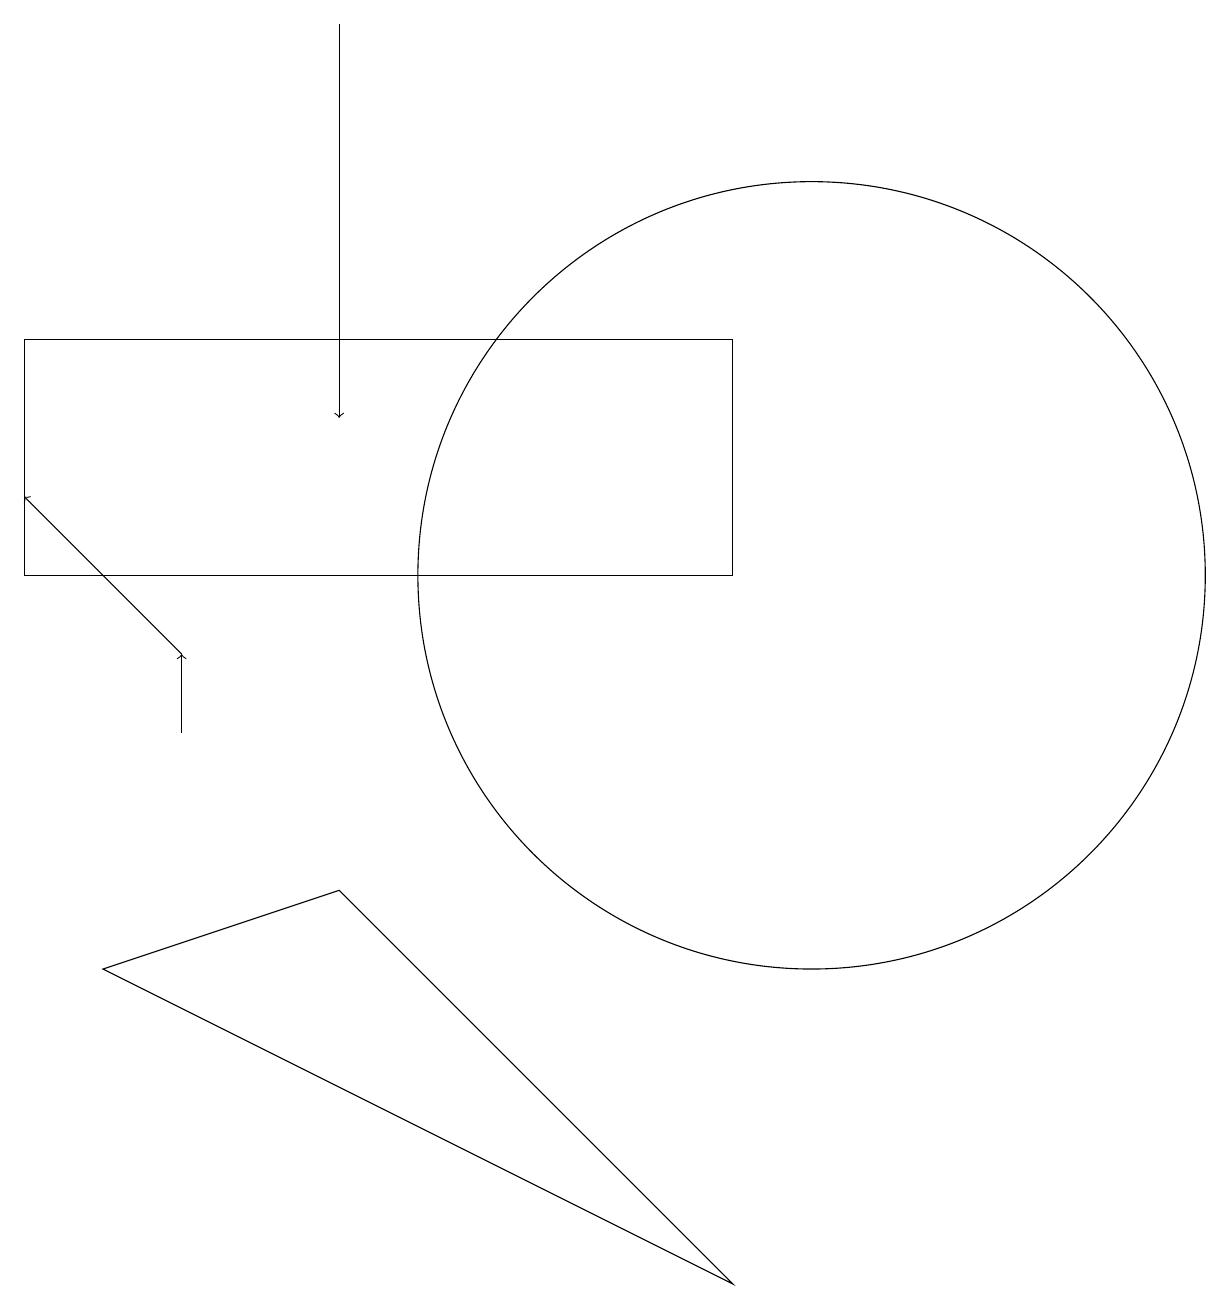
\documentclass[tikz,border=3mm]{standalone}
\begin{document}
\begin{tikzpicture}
\draw[->] (4,19) -- (4,14);
\draw (10,12) circle (5);
\draw[->] (2,10) -- (2,11);
\draw (9,12) rectangle (0,15);
\draw[->] (2,11) -- (0,13);
\draw (9,3) -- (4,8) -- (1,7) -- cycle;
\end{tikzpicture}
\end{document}